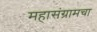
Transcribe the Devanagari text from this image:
महासंग्रामचा